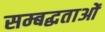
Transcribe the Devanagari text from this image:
सम्बद्धताओं